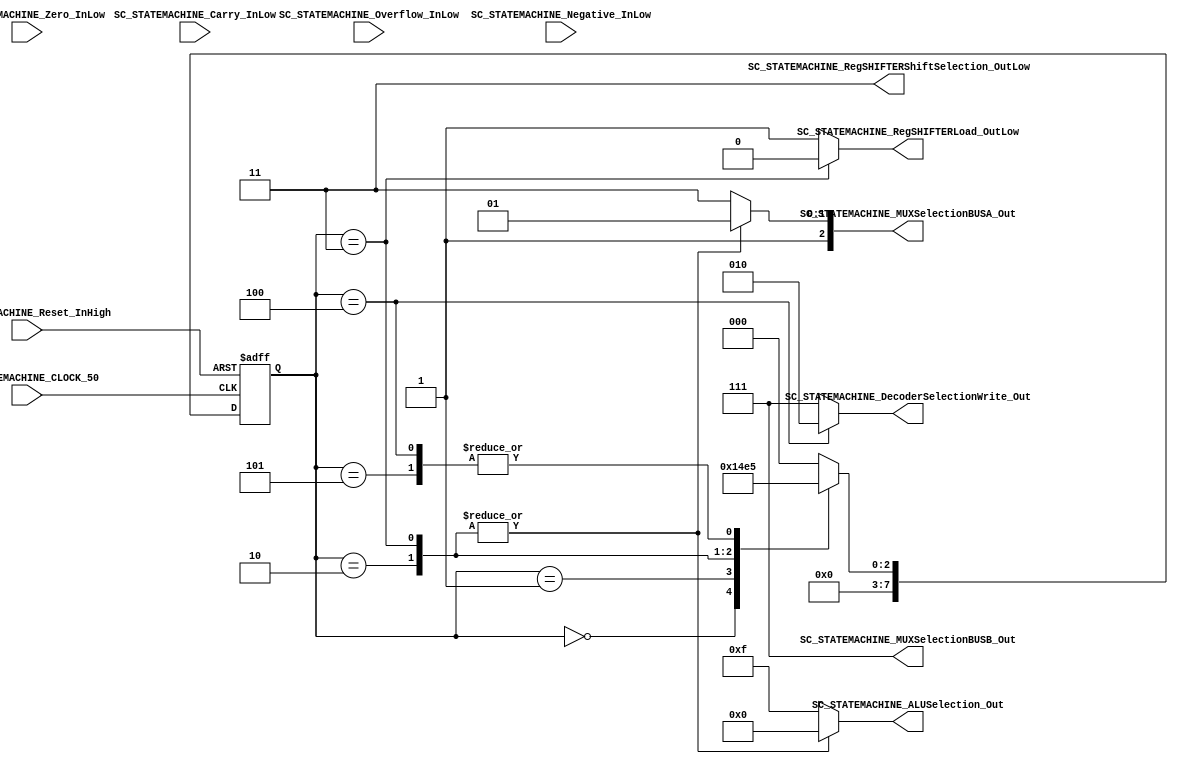
//##########################################################################
//######					G0B1T HDL EXAMPLES											####
//######	Fredy Enrique Segura-Quijano fsegura@uniandes.edu.co				####   
//######																						####   
//######				MODIFICADO: Marzo de 2018 - FES								####   
//##########################################################################
//# G0B1T
//# Copyright (C) 2018 Bogot, Colombia
//# 
//# This program is free software: you can redistribute it and/or modify
//# it under the terms of the GNU General Public License as published by
//# the Free Software Foundation, version 3 of the License.
//#
//# This program is distributed in the hope that it will be useful,
//# but WITHOUT ANY WARRANTY; without even the implied warranty of
//# MERCHANTABILITY or FITNESS FOR A PARTICULAR PURPOSE.  See the
//# GNU General Public License for more details.
//#
//# You should have received a copy of the GNU General Public License
//# along with this program.  If not, see <http://www.gnu.org/licenses/>.
//#/
//###########################################################################

//=======================================================
//  MODULE Definition
//=======================================================
module SC_STATEMACHINE #(parameter DATAWIDTH_DECODER_SELECTION=3, parameter DATAWIDTH_MUX_SELECTION=3, parameter DATAWIDTH_ALU_SELECTION=4,  parameter DATAWIDTH_REGSHIFTER_SELECTION=2 ) (
	//////////// OUTPUTS //////////
	SC_STATEMACHINE_DecoderSelectionWrite_Out,
	SC_STATEMACHINE_MUXSelectionBUSA_Out,
	SC_STATEMACHINE_MUXSelectionBUSB_Out,
	SC_STATEMACHINE_ALUSelection_Out,
	SC_STATEMACHINE_RegSHIFTERLoad_OutLow,
	SC_STATEMACHINE_RegSHIFTERShiftSelection_OutLow,
	//////////// INPUTS //////////
	SC_STATEMACHINE_CLOCK_50,
	SC_STATEMACHINE_Reset_InHigh,
	SC_STATEMACHINE_Overflow_InLow,
	SC_STATEMACHINE_Carry_InLow,
	SC_STATEMACHINE_Negative_InLow,
	SC_STATEMACHINE_Zero_InLow
);	
//=======================================================
//  PARAMETER declarations
//=======================================================
// states declaration
	localparam State_RESET_0									= 0;
	localparam State_START_0									= 1;
	localparam State_MOV_RegGEN2_RegFIX1_0					= 2;
	localparam State_MOV_RegGEN2_RegFIX1_1					= 3;
	localparam State_MOV_RegGEN2_RegFIX1_2					= 4;
	localparam State_END_0										= 5;

//=======================================================
//  PORT declarations
//=======================================================
	output reg	[DATAWIDTH_DECODER_SELECTION-1:0] SC_STATEMACHINE_DecoderSelectionWrite_Out;
	output reg	[DATAWIDTH_MUX_SELECTION-1:0] SC_STATEMACHINE_MUXSelectionBUSA_Out;
	output reg	[DATAWIDTH_MUX_SELECTION-1:0] SC_STATEMACHINE_MUXSelectionBUSB_Out;
	output reg	[DATAWIDTH_ALU_SELECTION-1:0] SC_STATEMACHINE_ALUSelection_Out;
	output reg	SC_STATEMACHINE_RegSHIFTERLoad_OutLow;
	output reg	[DATAWIDTH_REGSHIFTER_SELECTION-1:0] SC_STATEMACHINE_RegSHIFTERShiftSelection_OutLow;
	input			SC_STATEMACHINE_CLOCK_50;
	input			SC_STATEMACHINE_Reset_InHigh;
	input			SC_STATEMACHINE_Overflow_InLow;	
	input			SC_STATEMACHINE_Carry_InLow;	
	input			SC_STATEMACHINE_Negative_InLow;	
	input			SC_STATEMACHINE_Zero_InLow;		
//=======================================================
//  REG/WIRE declarations
//=======================================================
	reg [7:0] State_Register;
	reg [7:0] State_Signal;
	//wire [15:0] State_uInstruction;

//=======================================================
//  Structural coding
//=======================================================
//INPUT LOGIC: COMBINATIONAL
// NEXT STATE LOGIC : COMBINATIONAL
	always @(*)
	case (State_Register)
	//TO INIT REGISTERS
		// 
		State_RESET_0: State_Signal = State_START_0;
		State_START_0: State_Signal = State_MOV_RegGEN2_RegFIX1_0;
		State_MOV_RegGEN2_RegFIX1_0: State_Signal = State_MOV_RegGEN2_RegFIX1_1;
		State_MOV_RegGEN2_RegFIX1_1: State_Signal = State_MOV_RegGEN2_RegFIX1_2;
		State_MOV_RegGEN2_RegFIX1_2: State_Signal = State_END_0;
		State_END_0: State_Signal = State_END_0;
		
		default : State_Signal = State_RESET_0;
	endcase
	
// STATE REGISTER : SEQUENTIAL
	always @ ( posedge SC_STATEMACHINE_CLOCK_50 , posedge SC_STATEMACHINE_Reset_InHigh)
	if (SC_STATEMACHINE_Reset_InHigh==1)
		State_Register <= State_RESET_0;
	else
		State_Register <= State_Signal;
		
//=======================================================
//  Outputs
//=======================================================
// OUTPUT LOGIC : COMBINATIONAL

//	assign State_uInstruction = {State_uInstruction,StateMachine_MUXSelectionBUSA_Out,StateMachine_MUXSelectionBUSB_Out,StateMachine_ALUSelection_Out,StateMachine_RegSHIFTERLoad_OutLow,StateMachine_RegSHIFTERShiftSelection_OutLow}
	always @ (*)
	case (State_Register)
//=========================================================
// RESET STATE
//=========================================================
	State_RESET_0 :	
		begin	
		//=========================================================
		// WRITE DATA: FROM BUSC TO GENERAL REGISTERS
		//=========================================================
			// 111 NO GenREG Selected; 000 GenREG_0, ... 011 GenREG_3;
			SC_STATEMACHINE_DecoderSelectionWrite_Out = 3'b111;	
		//=========================================================
		// READ DATA: FROM REGISTER(FIXED OR GENERAL) TO BUSA or BUS_B or BOTH OF THEM
		//=========================================================
			// TO BUS A: 000 RegGen_0; 001 RegGen_1; 010 RegGen_2; 011 RegGen_3; 100 RegFIX_0; 101 RegFIX_1; 110 NA; 111 NA;
			SC_STATEMACHINE_MUXSelectionBUSA_Out = 3'b111;				
			// TO BUS B: 000 RegGen_0; 001 RegGen_1; 010 RegGen_2; 011 RegGen_3; 100 RegFIX_0; 101 RegFIX_1; 110 NA; 111 NA;
			SC_STATEMACHINE_MUXSelectionBUSB_Out = 3'b111;				
		//=========================================================
		// ALU OPERATION: 
		//=========================================================
			// 0000 BUSA; 0001 OR; 0010 AND; 0011 NOT A; 0100 XOR; 0101-0111 A; 1000 ADD; 1001 SUB; 1010 INC; 1011 DEC; 1100-1111 A;
			SC_STATEMACHINE_ALUSelection_Out = 4'b1111;
		//=========================================================
		// SHIFT REGISTER CONTROL: LOAD DATA IN REGSHIFER and REGSHIFER SELECTION
		//=========================================================
			// LOAD: 1 NO LOAD;  0 LOAD;
			SC_STATEMACHINE_RegSHIFTERLoad_OutLow = 1;						
			// SHIFT: 01 ShiftLeft; 10 ShiftRight; 00-11 NOTHING
			SC_STATEMACHINE_RegSHIFTERShiftSelection_OutLow = 2'b11;		
		end

//=========================================================
// START STATE
//=========================================================
	State_START_0 :	
		begin	
			SC_STATEMACHINE_DecoderSelectionWrite_Out = 3'b111;	
			SC_STATEMACHINE_MUXSelectionBUSA_Out = 3'b111;				
			SC_STATEMACHINE_MUXSelectionBUSB_Out = 3'b111;				
			SC_STATEMACHINE_ALUSelection_Out = 4'b1111;
			SC_STATEMACHINE_RegSHIFTERLoad_OutLow = 1;						
			SC_STATEMACHINE_RegSHIFTERShiftSelection_OutLow = 2'b11;		
		end
//=========================================================
// MOV: RegGEN2 = RegFIX1
//=========================================================
	State_MOV_RegGEN2_RegFIX1_0 :	
		begin	
			SC_STATEMACHINE_DecoderSelectionWrite_Out = 3'b111;	
			SC_STATEMACHINE_MUXSelectionBUSA_Out = 3'b101;				//*
			SC_STATEMACHINE_MUXSelectionBUSB_Out = 3'b111;				//*
			SC_STATEMACHINE_ALUSelection_Out = 4'b0000;					//*
			SC_STATEMACHINE_RegSHIFTERLoad_OutLow = 1;						
			SC_STATEMACHINE_RegSHIFTERShiftSelection_OutLow = 2'b11;		
		end		
	State_MOV_RegGEN2_RegFIX1_1 :	
		begin	
			SC_STATEMACHINE_DecoderSelectionWrite_Out = 3'b111;	
			SC_STATEMACHINE_MUXSelectionBUSA_Out = 3'b101;				//*
			SC_STATEMACHINE_MUXSelectionBUSB_Out = 3'b111;				//*
			SC_STATEMACHINE_ALUSelection_Out = 4'b0000;					//*
			SC_STATEMACHINE_RegSHIFTERLoad_OutLow = 0;					//*	
			SC_STATEMACHINE_RegSHIFTERShiftSelection_OutLow = 2'b11;		
		end				
	State_MOV_RegGEN2_RegFIX1_2 :	
		begin	
			SC_STATEMACHINE_DecoderSelectionWrite_Out = 3'b010;	//*
			SC_STATEMACHINE_MUXSelectionBUSA_Out = 3'b111;				
			SC_STATEMACHINE_MUXSelectionBUSB_Out = 3'b111;				
			SC_STATEMACHINE_ALUSelection_Out = 4'b1111;
			SC_STATEMACHINE_RegSHIFTERLoad_OutLow = 1;						
			SC_STATEMACHINE_RegSHIFTERShiftSelection_OutLow = 2'b11;		
		end		
		
//=========================================================
// END STATE
//=========================================================
	State_END_0 :	
		begin	
			SC_STATEMACHINE_DecoderSelectionWrite_Out = 3'b111;	
			SC_STATEMACHINE_MUXSelectionBUSA_Out = 3'b111;				
			SC_STATEMACHINE_MUXSelectionBUSB_Out = 3'b111;				
			SC_STATEMACHINE_ALUSelection_Out = 4'b1111;
			SC_STATEMACHINE_RegSHIFTERLoad_OutLow = 1;						
			SC_STATEMACHINE_RegSHIFTERShiftSelection_OutLow = 2'b11;		
		end	
//=========================================================
// DEFAULT
//=========================================================
	default:	
		begin	
			SC_STATEMACHINE_DecoderSelectionWrite_Out = 3'b111;
			SC_STATEMACHINE_MUXSelectionBUSA_Out = 3'b111;
			SC_STATEMACHINE_MUXSelectionBUSB_Out = 3'b111;
			SC_STATEMACHINE_ALUSelection_Out = 4'b1111;
			SC_STATEMACHINE_RegSHIFTERLoad_OutLow = 1;
			SC_STATEMACHINE_RegSHIFTERShiftSelection_OutLow = 2'b11;
		end
endcase

endmodule